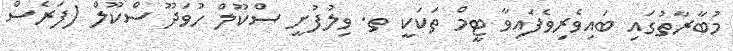
މުބާރާތުގައި ބައިވެރިވެފައިވާ ޓީމް ތަކަކީ ތ. ވިލުފުށީ ސްކޫލް ހުވަދޫ ސްކޫލް (ފަރެސް